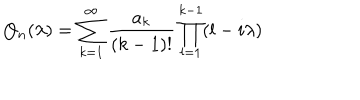
LaTeX: Q _ { n } ( \lambda ) = \sum _ { k = 1 } ^ { \infty } \frac { a _ { k } } { ( k - 1 ) ! } \prod _ { l = 1 } ^ { k - 1 } ( l - i \lambda )